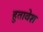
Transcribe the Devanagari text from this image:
हुतावेश